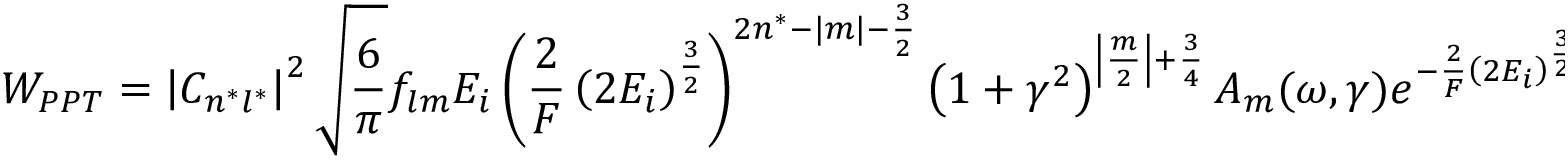
W _ { P P T } = \left| C _ { n ^ { * } l ^ { * } } \right| ^ { 2 } { \sqrt { \frac { 6 } { \pi } } } f _ { l m } E _ { i } \left( { \frac { 2 } { F } } \left( 2 E _ { i } \right) ^ { \frac { 3 } { 2 } } \right) ^ { 2 n ^ { * } - | m | - { \frac { 3 } { 2 } } } \left( 1 + \gamma ^ { 2 } \right) ^ { \left| { \frac { m } { 2 } } \right| + { \frac { 3 } { 4 } } } A _ { m } ( \omega , \gamma ) e ^ { - { \frac { 2 } { F } } \left( 2 E _ { i } \right) ^ { \frac { 3 } { 2 } } g \left( \gamma \right) }